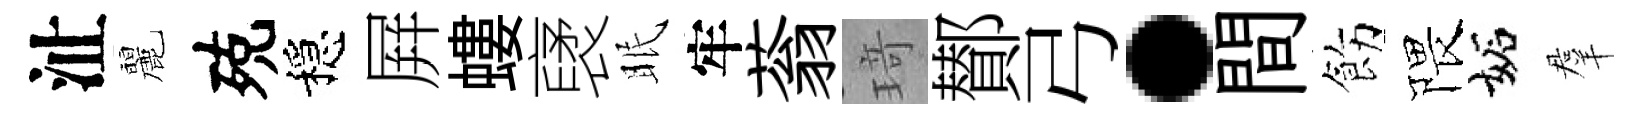
沚麗殑穩屛螻裦眠牢蓊𤦺鄼弓·間飭隈妬羣